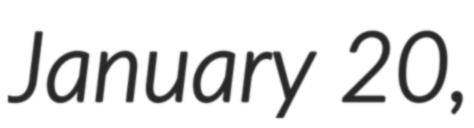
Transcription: January 20,